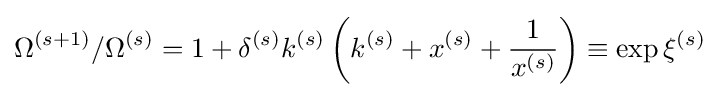
\Omega ^{(s+1)}/\Omega ^{(s)}=1+\delta ^{(s)}k^{(s)}\left(k^{(s)}+x^{(s)}+{\frac {1}{x^{(s)}}}\right)\equiv \exp \xi ^{(s)}